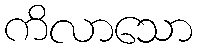
ကိလာသော